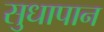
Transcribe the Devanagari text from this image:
सुधापान